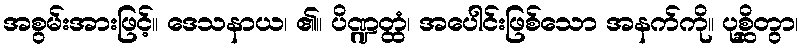
အစွမ်းအားဖြင့်။ ဒေသနာယ၊ ၏။ ပိဏ္ဍတ္ထံ၊ အပေါင်းဖြစ်သော အနက်ကို။ ပုစ္ဆိတွာ၊